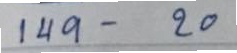
149 - 20